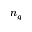
n _ { g }